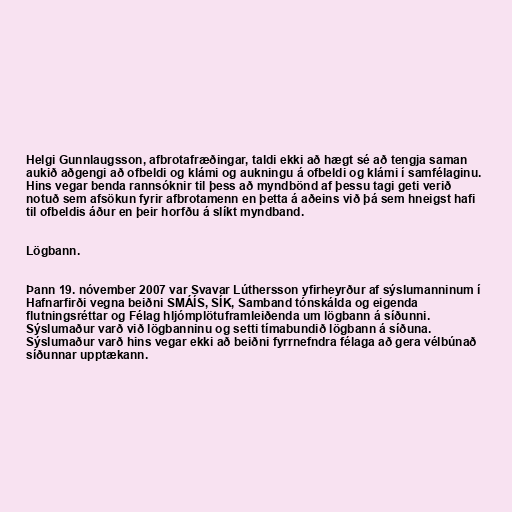
Helgi Gunnlaugsson, afbrotafræðingar, taldi ekki að hægt sé að tengja saman
aukið aðgengi að ofbeldi og klámi og aukningu á ofbeldi og klámi í samfélaginu.
Hins vegar benda rannsóknir til þess að myndbönd af þessu tagi geti verið
notuð sem afsökun fyrir afbrotamenn en þetta á aðeins við þá sem hneigst hafi
til ofbeldis áður en þeir horfðu á slíkt myndband.

Lögbann.

Þann 19. nóvember 2007 var Svavar Lúthersson yfirheyrður af sýslumanninum í
Hafnarfirði vegna beiðni SMÁÍS, SÍK, Samband tónskálda og eigenda
flutningsréttar og Félag hljómplötuframleiðenda um lögbann á síðunni.
Sýslumaður varð við lögbanninu og setti tímabundið lögbann á síðuna.
Sýslumaður varð hins vegar ekki að beiðni fyrrnefndra félaga að gera vélbúnað
síðunnar upptækann.